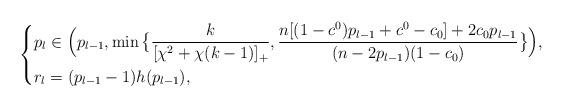
LaTeX: \begin{align*}\left\{ \begin{aligned}&p_l\in\Big(p_{l-1},\min\big\{\frac{k}{[\chi^2+\chi(k-1)]_+},\frac{n[(1-c^0)p_{l-1}+c^0-c_0]+2c_0p_{l-1}}{(n-2p_{l-1})(1-c_0)}\big\}\Big),\\&r_l=(p_{l-1}-1)h(p_{l-1}), \end{aligned} \right. \end{align*}